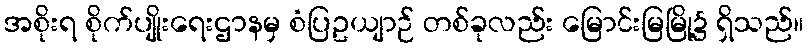
အစိုးရ စိုက်ပျိုးရေးဌာနမှ စံပြဥယျာဉ် တစ်ခုလည်း မြောင်းမြမြို့၌ ရှိသည်။